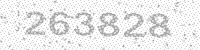
Solution: 263828